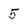
Character: 5